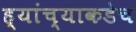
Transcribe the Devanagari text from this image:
ह्यांच्याकडेच